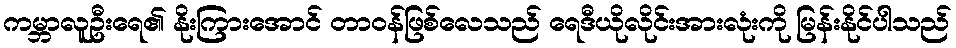
ကမ္ဘာလူဦးရေ၏ နိုးကြားအောင် တာဝန်ဖြစ်လေသည် ရေဒီယိုလိုင်းအားလုံးကို မြန်းနိုင်ပါသည်